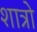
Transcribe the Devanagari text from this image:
शात्रो